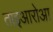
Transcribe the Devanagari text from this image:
ताइआरोआ